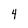
Character: 4